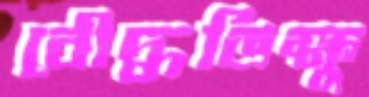
বৌদ্ধভিক্ষু